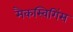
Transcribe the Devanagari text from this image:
मैकस्विगिंस